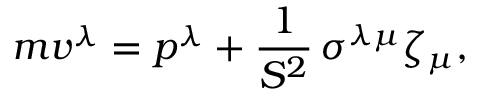
m v ^ { \lambda } = p ^ { \lambda } + \frac { 1 } { { \cal S } ^ { 2 } } \, \sigma ^ { \lambda \mu } \zeta _ { \mu } ,